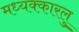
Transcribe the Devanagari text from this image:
मध्यक्कारलु